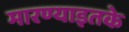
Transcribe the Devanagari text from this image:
मारण्याइतके